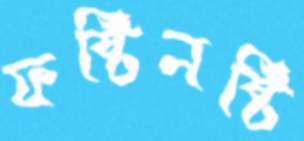
ফষ্টিনষ্টি